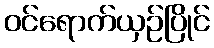
ဝင်ရောက်ယှဉ်ပြိုင်